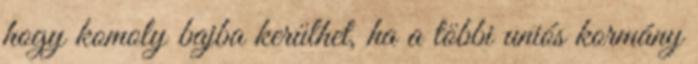
hogy komoly bajba kerülhet, ha a többi uniós kormány